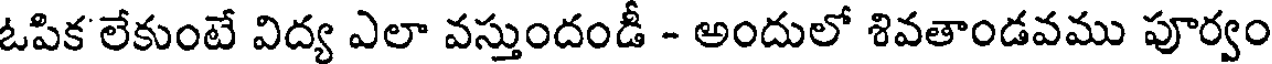
ఓపిక లేకుంటే విద్య ఎలా వస్తుందండీ - అందులో శివతాండవము పూర్వం